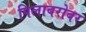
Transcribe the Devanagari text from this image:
पिलाबरोबर